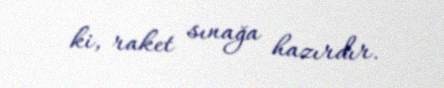
ki, raket sınağa hazırdır.